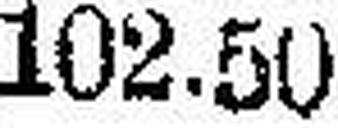
—.—